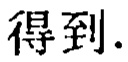
得到.